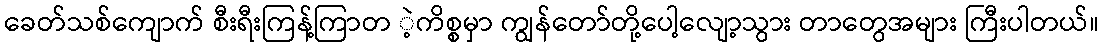
ခေတ်သစ်ကျောက် စီးရီးကြန့်ကြာတ ဲ့ကိစ္စမှာ ကျွန်တော်တို့ပေါ့လျော့သွား တာတွေအများ ကြီးပါတယ်။